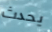
يحدث